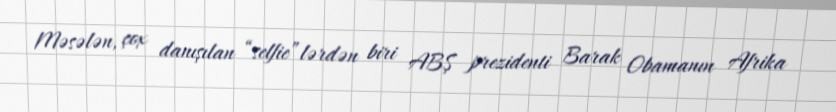
Məsələn, çox danışılan “selfie”lərdən biri ABŞ prezidenti Barak Obamanın Afrika